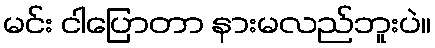
မင်း ငါပြောတာ နားမလည်ဘူးပဲ။